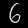
Digit: 6